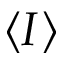
⟨ I ⟩